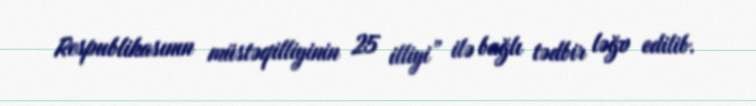
Respublikasının müstəqilliyinin 25 illiyi” ilə bağlı tədbir ləğv edilib.